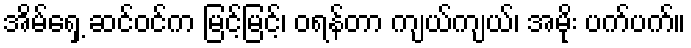
အိမ်ရှေ့ ဆင်ဝင်က မြင့်မြင့်၊ ဝရန်တာ ကျယ်ကျယ်၊ အမိုး ပက်ပက်။